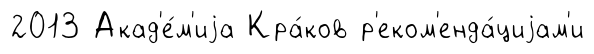
2013 Акад'е́м'иjа Кра́ков р'еком'енда́циjам'и